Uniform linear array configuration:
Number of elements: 48
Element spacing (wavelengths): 0.75
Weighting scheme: hann
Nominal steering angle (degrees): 60
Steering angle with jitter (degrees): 58.121
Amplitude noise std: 0.05
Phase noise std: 0.05

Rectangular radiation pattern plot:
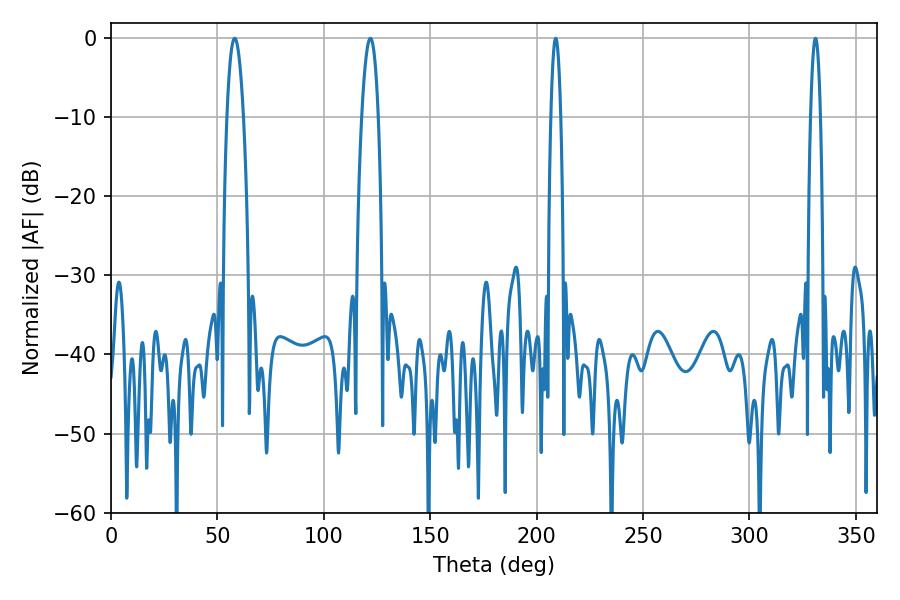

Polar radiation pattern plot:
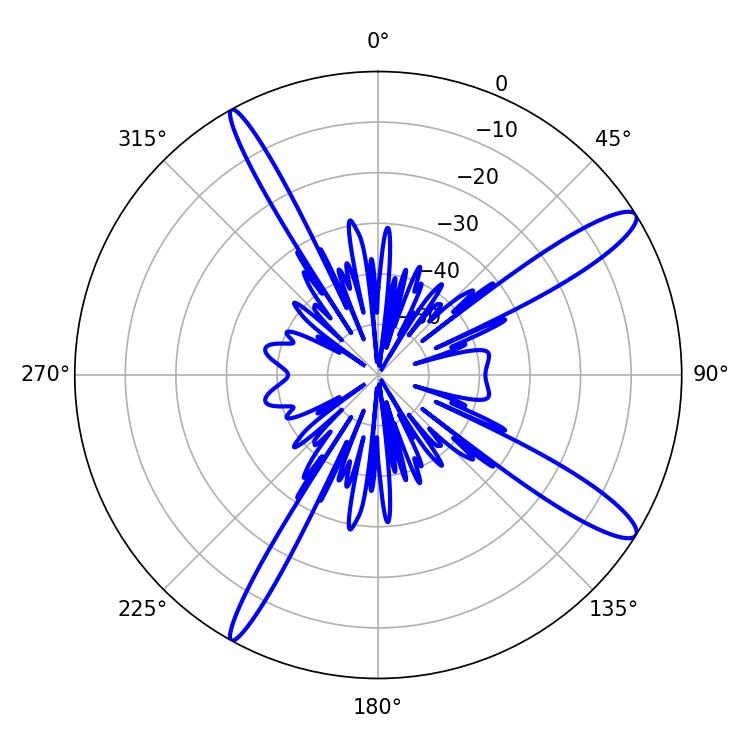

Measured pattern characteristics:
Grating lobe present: TRUE
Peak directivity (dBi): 13.438
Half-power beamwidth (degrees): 4.32
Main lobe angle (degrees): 58.14